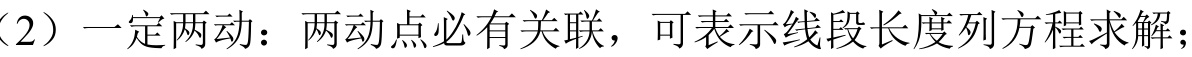
（2）一定两动：两动点必有关联，可表示线段长度列方程求解；